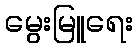
မွေးမြူရေး